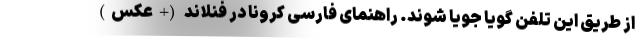
از طریق این تلفن گویا جویا شوند. راهنمای فارسی کرونا در فنلاند (+عکس)